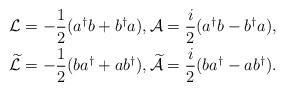
LaTeX: \begin{align*} \mathcal{L} &= - \frac{1}{2}(a^{\dagger}b+b^{\dagger}a), \mathcal{A} = \frac{i}{2}(a^{\dagger}b - b^{\dagger}a), \\ \widetilde{\mathcal{L}} &= -\frac{1}{2}(ba^{\dagger}+ab^{\dagger}), \widetilde{\mathcal{A}} = \frac{i}{2}(ba^{\dagger} - ab^{\dagger}).\end{align*}